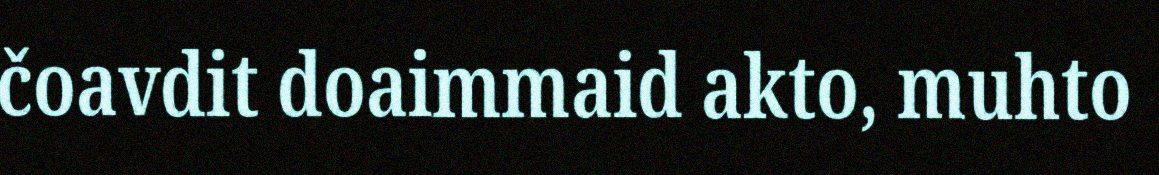
čoavdit doaimmaid akto, muhto